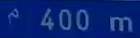
^{\circ}400\mathrm